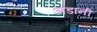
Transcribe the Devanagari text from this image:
अडानी